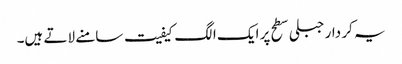
یہ کر دار جبلی سطح پر ایک الگ کیفیت سامنے لاتے ہیں۔